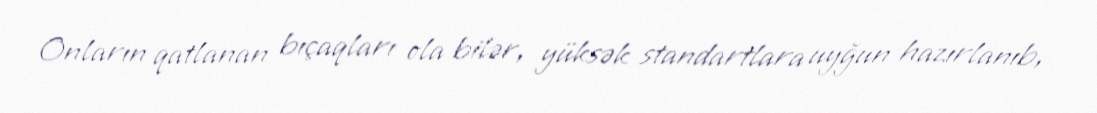
Onların qatlanan bıçaqları ola bilər, yüksək standartlara uyğun hazırlanıb,